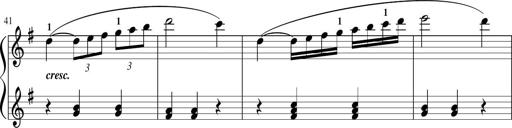
Title: Sonatina in G major
Composer: Friedrich Kuhlau
Key: G major